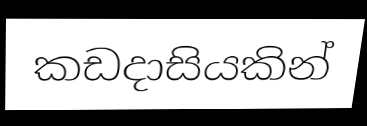
කඩදාසියකින්